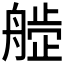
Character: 𬜙